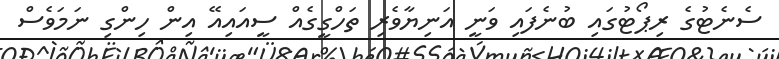
ސެނެޓުގެ ރިޕޯޓުގައި ބުނެފައި ވަނީ އަނިޔާވެރި ތަހްގީގެއް ސީއައިއޭ އިން ހިންގި ނަމަވެސް